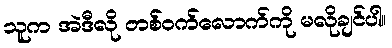
သူက အဲဒီလို တစ်ဝက်လောက်ကို မလိုချင်ပါ။